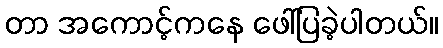
တာ အကောင့်ကနေ ဖေါ်ပြခဲ့ပါတယ်။